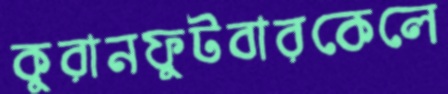
কুরানফুটবারকেলে